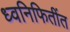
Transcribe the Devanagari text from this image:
ध्वनिफितींत